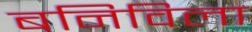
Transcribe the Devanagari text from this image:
बनिविला